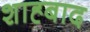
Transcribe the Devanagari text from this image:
शाह्बाद